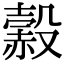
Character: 𧹲